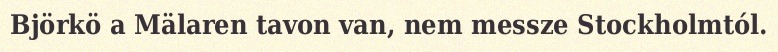
Björkö a Mälaren tavon van, nem messze Stockholmtól.